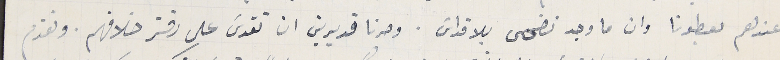
عندهم يعطونا وان ما وجد نضحى بلا قداسَ. وصرنا قديرين ان نقدسَ على دفتر خلافهم. ونقدم